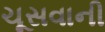
ચૂસવાની